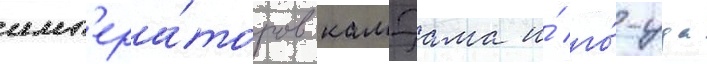
имп'ера́торов камэама и́ го́-уда